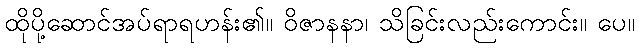
ထိုပို့ဆောင်အပ်ရာရဟန်း၏။ ဝိဇာနနာ၊ သိခြင်းလည်းကောင်း။ ပေ။